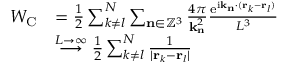
\begin{array} { r l } { W _ { \mathrm { C } } } & { = \frac { 1 } { 2 } \sum _ { k \neq l } ^ { N } \sum _ { \mathbf { n } \in \mathbb { Z } ^ { 3 } } \frac { 4 \pi } { \mathbf { k } _ { \mathbf { n } } ^ { 2 } } \frac { \mathrm { e } ^ { \mathrm { i } \mathbf { k } _ { \mathbf { n } } \cdot ( \mathbf { r } _ { k } - \mathbf { r } _ { l } ) } } { L ^ { 3 } } } \\ & { \overset { L \rightarrow \infty } { \longrightarrow } \frac { 1 } { 2 } \sum _ { k \neq l } ^ { N } \frac { 1 } { | \mathbf { r } _ { k } - \mathbf { r } _ { l } | } } \end{array}